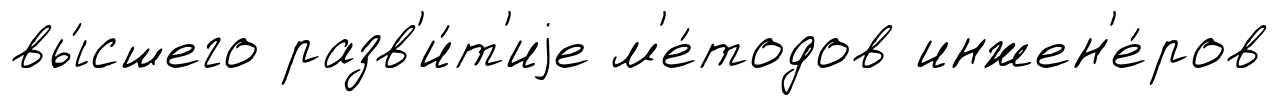
вы́сшего разв'и́т'иjе м'е́тодов инжен'е́ров